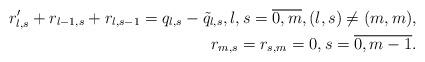
LaTeX: \begin{align*} r'_{l,s} + r_{l-1,s} + r_{l,s-1} = q_{l,s} - \tilde q_{l,s}, l,s = \overline{0, m}, (l,s) \ne (m,m), \\ r_{m,s} = r_{s,m} = 0, s = \overline{0, m-1}.\end{align*}